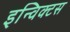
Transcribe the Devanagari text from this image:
इन्विक्टस